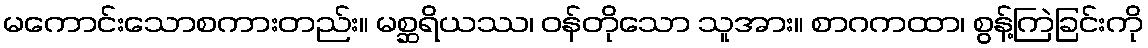
မကောင်းသောစကားတည်း။ မစ္ဆရိယဿ၊ ဝန်တိုသော သူအား။ စာဂကထာ၊ စွန့်ကြဲခြင်းကို